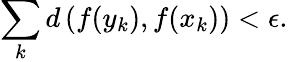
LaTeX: \sum_{k}d\left(f(y_{k}),f(x_{k})\right)<\epsilon.